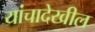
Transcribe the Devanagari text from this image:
यांचादेखील